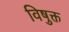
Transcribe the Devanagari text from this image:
विषुक्त